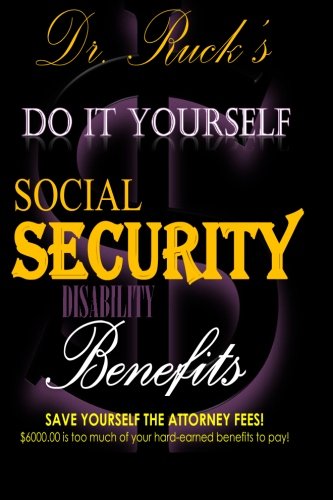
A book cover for Do It Yourself Social Security Disability Benefits; Amberly M. Ruck Ph.D.; Law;